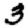
Digit: 3